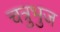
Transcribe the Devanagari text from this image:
चत्रुभुज